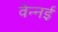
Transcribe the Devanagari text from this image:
वेन्नई